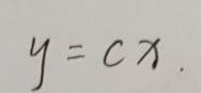
\[
y = cx
\]